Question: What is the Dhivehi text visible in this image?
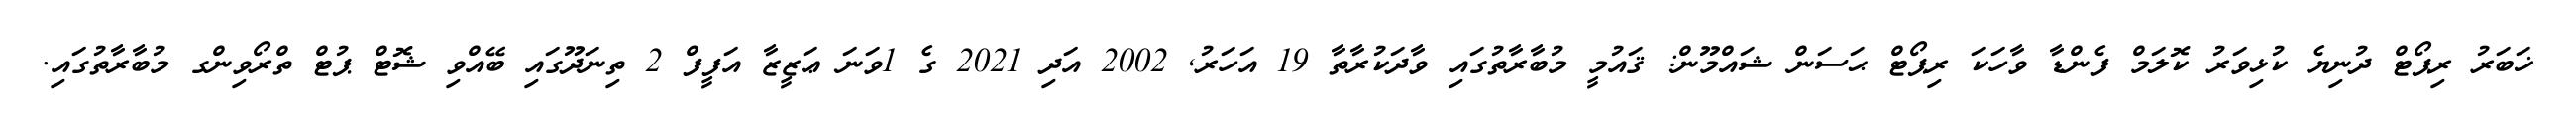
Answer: ޚަބަރު ރިޕޯޓް ދުނިޔެ ކުޅިވަރު ކޮލަމް ފެންޑާ ވާހަކަ ރިޕޯޓް ޙަސަން ޝައްމޫން: ޤައުމީ މުބާރާތުގައި ވާދަކުރާތާ 19 އަހަރު, 2002 އަދި 2021 ގެ 1ވަނަ ޢަޒީޒާ އަފީފް 2 ތިނަދޫގައި ބޭއްވި ޝޮޓް ޕުޓް ތްރޯވިންގ މުބާރާތުގައި.